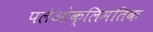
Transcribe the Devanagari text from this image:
पलेओक्लिमतिक